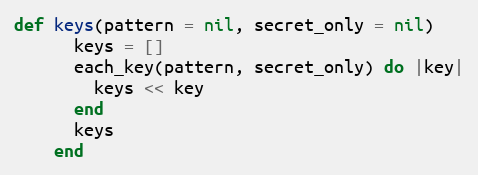
Language: Ruby
def keys(pattern = nil, secret_only = nil)
      keys = []
      each_key(pattern, secret_only) do |key|
        keys << key
      end
      keys
    end